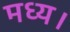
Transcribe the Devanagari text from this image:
मध्य।